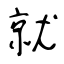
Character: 就